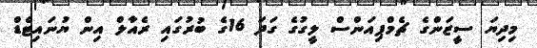
މިދިޔަ ސީޒަންގެ ޗެމްޕިއަންސް ލީގުގެ ގަދަ 16ގެ ބުރުގައި ރެއާލް އިން ޔުނައިޓެޑް